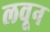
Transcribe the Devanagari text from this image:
लवून